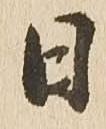
日